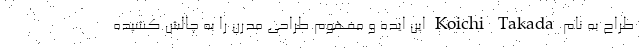
طراح به نام Koichi Takada این ایده و مفهوم طراحی مدرن را به چالش کشیده